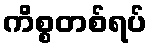
ကိစ္စတစ်ရပ်